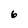
Character: 6